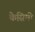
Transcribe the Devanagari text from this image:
केसिमी